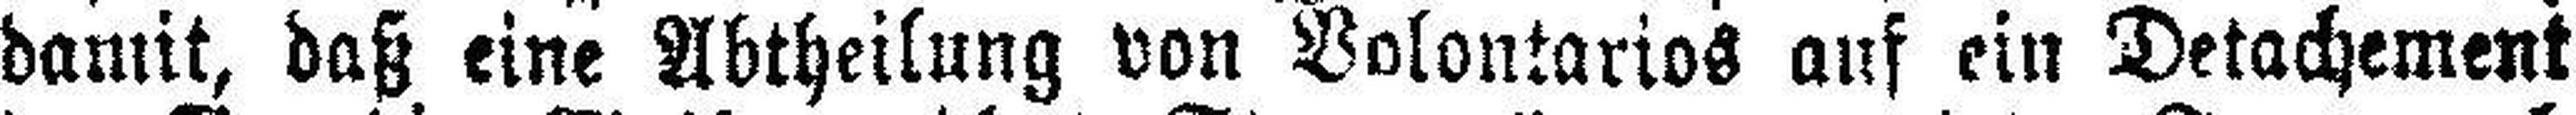
damit, daß eine Abtheilung von Volontarios auf ein Detachement